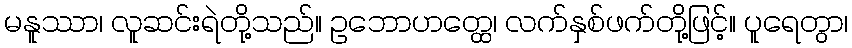
မနူဿာ၊ လူဆင်းရဲတို့သည်။ ဥဘောဟတ္ထေ၊ လက်နှစ်ဖက်တို့ဖြင့်။ ပူရေတွာ၊